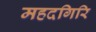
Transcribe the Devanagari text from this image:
महदगिरि